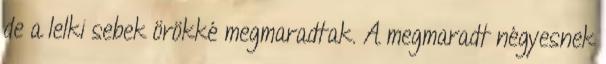
de a lelki sebek örökké megmaradtak. A megmaradt négyesnek